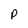
Character: p